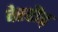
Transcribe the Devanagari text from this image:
वेररौड़